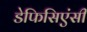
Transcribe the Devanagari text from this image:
डेफिसिएंसी